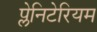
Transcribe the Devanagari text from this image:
प्लेनिटेरियम